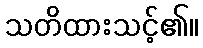
သတိထားသင့်၏။